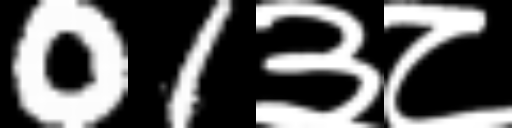
Text: 01३८